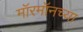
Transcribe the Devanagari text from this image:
मॉरमॉनच्या